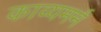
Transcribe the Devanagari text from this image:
काव्यमर्म